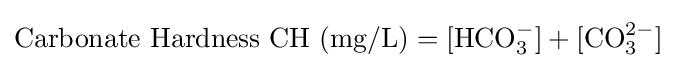
{\text{Carbonate Hardness CH (mg/L)}}=[{\text{HCO}}_{3}^{-}]+[{\text{CO}}_{3}^{2-}]